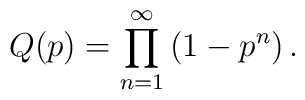
Q(p) = \prod_{n=1}^{\infty} \left( 1-p^n \right).